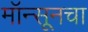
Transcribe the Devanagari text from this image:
मॉन्सूनचा